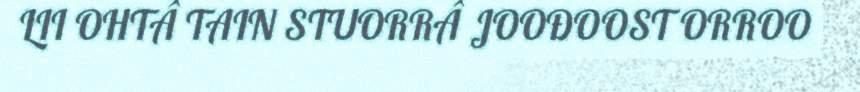
LII OHTÂ TAIN STUORRÂ JOOĐOOST ORROO